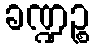
ခဏ္ဍဉ္စ